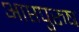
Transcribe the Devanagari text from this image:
आप्तपुरुष